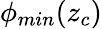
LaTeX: \phi_{min}(z_{c})